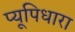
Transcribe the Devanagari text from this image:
प्यूपिधारा